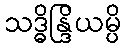
သဒ္ဓိန္ဒြိယမ္ပိ